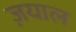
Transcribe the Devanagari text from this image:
ज़याल